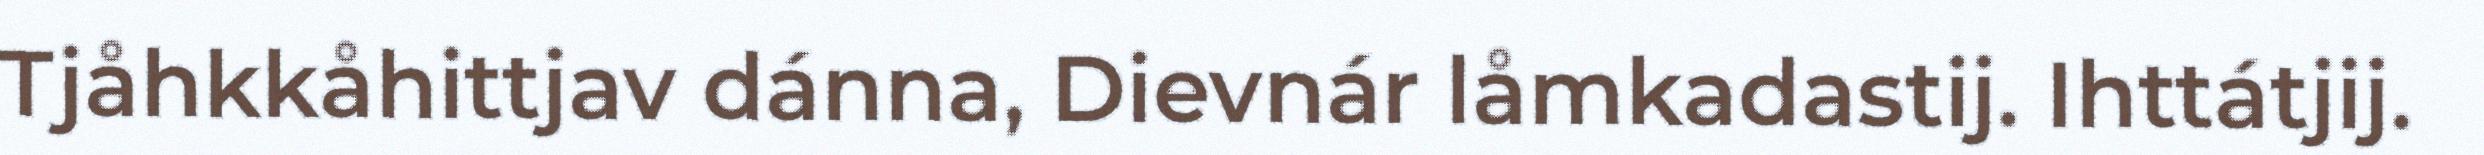
Tjåhkkåhittjav dánna, Dievnár låmkadastij. Ihttátjij.